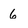
Character: 6